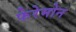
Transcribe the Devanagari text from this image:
फेरेमोन